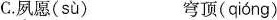
C.夙愿( sù ) 穹顶( qióng )